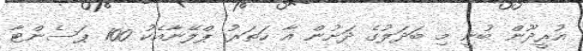
އުރީދޫން ބުނީ މި ބަދަލުގެ ދަށުން އާ ހަތަރު ޕްލޭނާއެކު 100 ޕަސެންޓާ